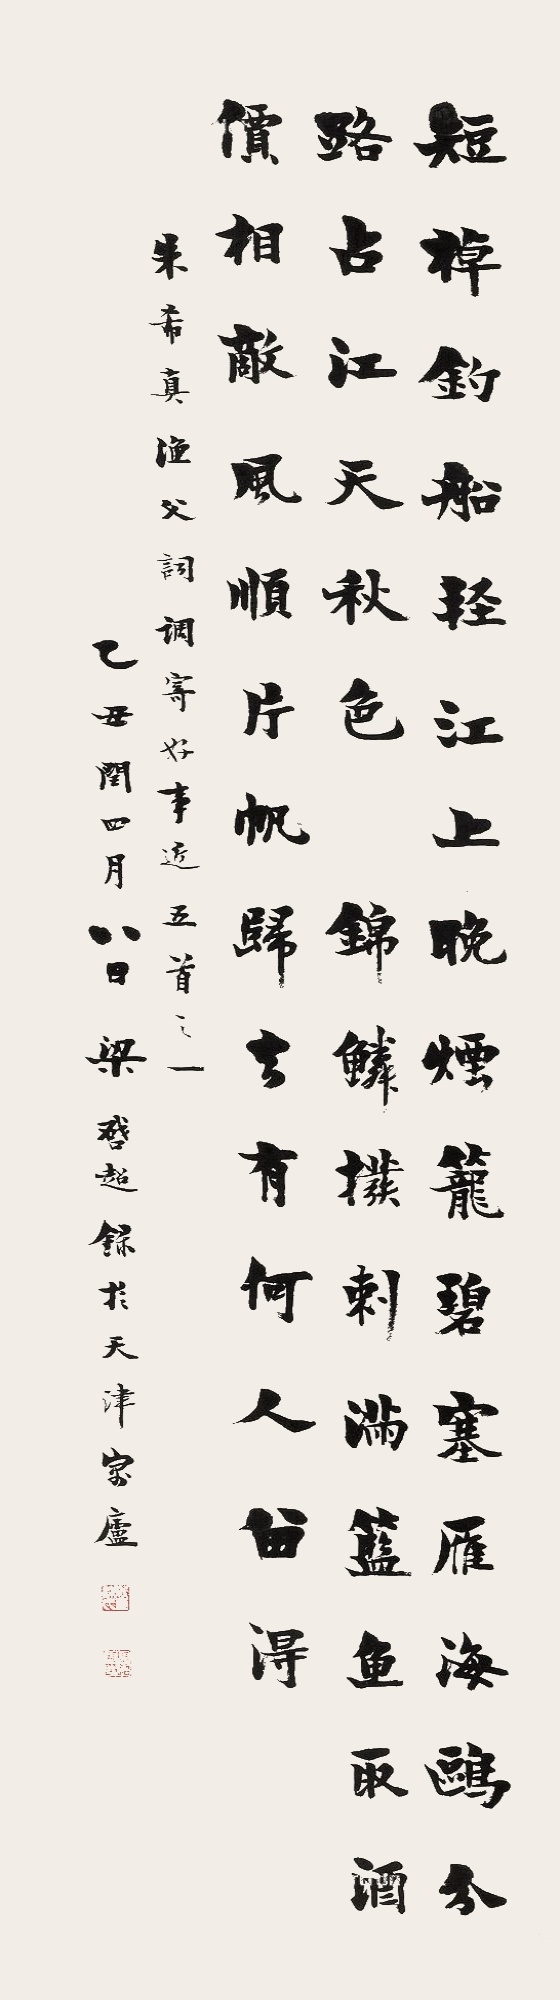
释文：短棹钓船轻，江上晚烟笼碧。塞雁海鸥分路，占江天秋色。锦鳞拨刺满篮鱼，取酒价相敌。风顺片帆归去，有何人留得。朱希真渔父词调寄好事近五首之一，乙丑闰四月八日，梁启超录于天津寓庐。